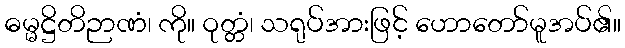
ဓမ္မဋ္ဌိတိဉာဏံ၊ ကို။ ဝုတ္တံ၊ သရုပ်အားဖြင့် ဟောတော်မူအပ်၏။